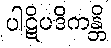
ပါဋိပဒိကန္တိ